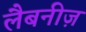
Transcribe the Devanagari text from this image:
लैबनीज़